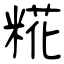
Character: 糀